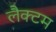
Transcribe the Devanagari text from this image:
लैक्टम